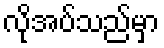
လိုအပ်သည်မှာ